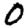
Digit: 0